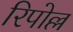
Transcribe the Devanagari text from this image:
रिपोल्ल